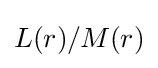
L(r)/M(r)